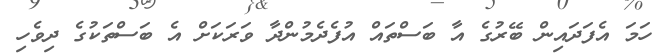
ހަމަ އެފަދައިން ބޭރުގެ އާ ބަސްތައް އުފެދެމުންދާ ވަރަކަށް އެ ބަސްތަކުގެ ދިވެހި